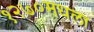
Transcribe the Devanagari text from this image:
१२७०मधला